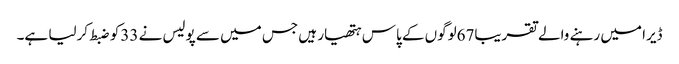
ڈیرا میں رہنے والے تقریبا67لوگوں کے پاس ہتھیار ہیں جس میں سے پولیس نے 33کو ضبط کرلیا ہے۔